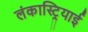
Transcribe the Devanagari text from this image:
लंकास्ट्रियाई